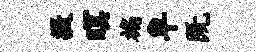
摄暝褊卑既